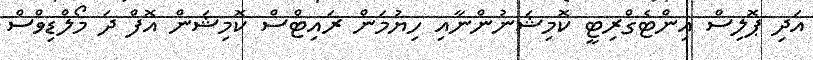
އަދި ޕޮލިސް އިންޓެގްރިޓީ ކޮމިޝަނުންނާއި ހިޔުމަން ރައިޓްސް ކޮމިޝަން އޮފް ދަ މޯލްޑިވްސް